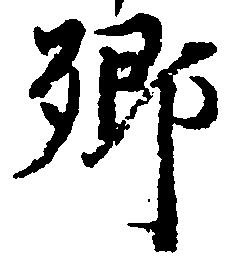
郷